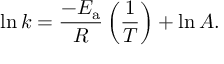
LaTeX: \ln k = { \frac { - E _ { \mathrm { { a } } } } { R } } \left( { \frac { 1 } { T } } \right) + \ln A .